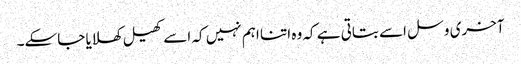
آخری وسل اسے بتاتی ہے کہ وہ اتنا اہم نہیں کہ اسے کھیل کھلایا جاسکے۔